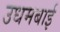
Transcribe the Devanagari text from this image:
उधमबाई